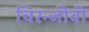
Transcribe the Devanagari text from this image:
चिरन्जीवी